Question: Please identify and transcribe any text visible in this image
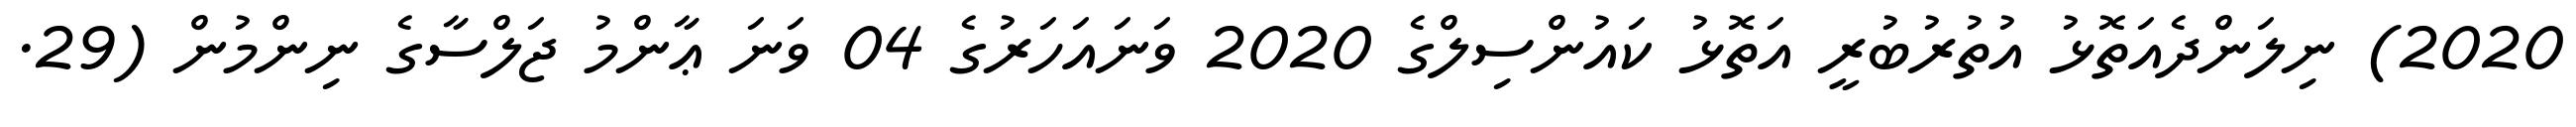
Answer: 2020) ނިލަންދެއަތޮޅު އުތުރުބުރީ އަތޮޅު ކައުންސިލްގެ 2020 ވަނައަހަރުގެ 04 ވަނަ ޢާންމު ޖަލްސާގެ ނިންމުން (29.